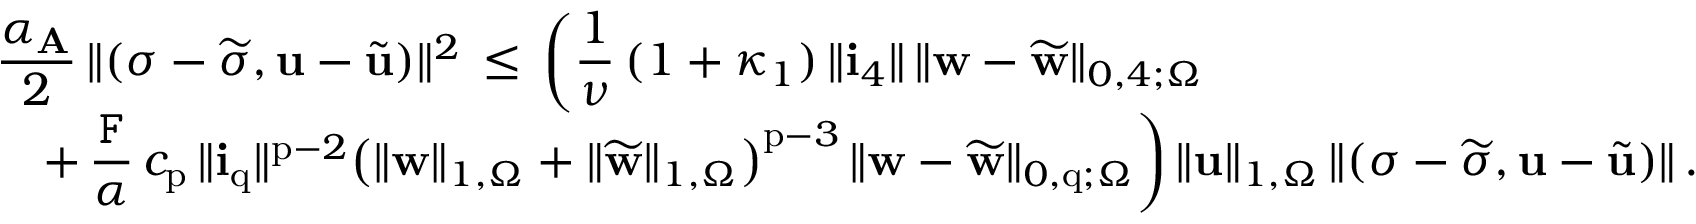
\begin{array} { l } { \displaystyle \frac { \alpha _ { \mathbf { A } } } { 2 } \, \| ( { \boldsymbol \sigma } - \widetilde { { \boldsymbol \sigma } } , \mathbf { u } - \widetilde { \mathbf { u } } ) \| ^ { 2 } \, \leq \, \bigg ( \frac { 1 } { \nu } \, ( 1 + \kappa _ { 1 } ) \, \| \mathbf { i } _ { 4 } \| \, \| { \mathbf { w } } - \widetilde { { \mathbf { w } } } \| _ { 0 , 4 ; \Omega } } \\ { \displaystyle \quad + \, \frac { \mathtt { F } } { \alpha } \, c _ { \mathrm { p } } \, \| \mathbf { i } _ { \mathrm { q } } \| ^ { \mathrm { p } - 2 } \big ( \| { \mathbf { w } } \| _ { 1 , \Omega } + \| \widetilde { { \mathbf { w } } } \| _ { 1 , \Omega } \big ) ^ { \mathrm { p } - 3 } \, \| { \mathbf { w } } - \widetilde { { \mathbf { w } } } \| _ { 0 , \mathrm { q } ; \Omega } \bigg ) \, \| \mathbf { u } \| _ { 1 , \Omega } \, \| ( { \boldsymbol \sigma } - \widetilde { { \boldsymbol \sigma } } , \mathbf { u } - \widetilde { \mathbf { u } } ) \| \, . } \end{array}